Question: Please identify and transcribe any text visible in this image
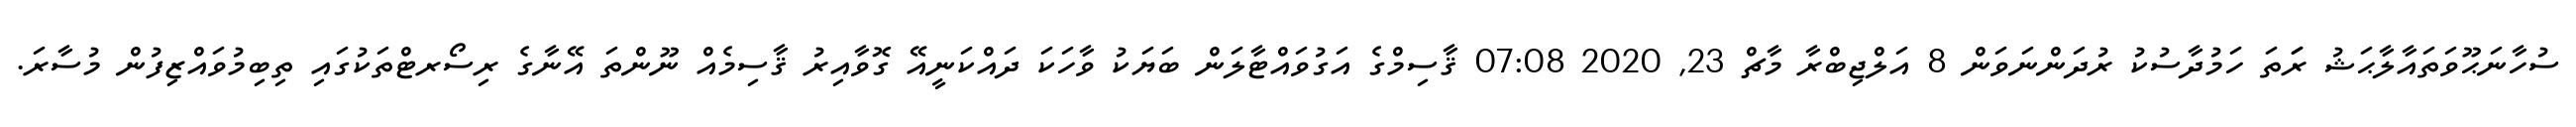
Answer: ސުހާނަޙޫވަތައާލާޙަޝު ރަަތަ ހަމުދާސުކު ރުދަންނަވަން 8 އަލްޖިބްރާ މާޗް 23, 2020 07:08 ޤާސިމްގެ އަގުވައްޓާލަން ބަޔަކު ވާހަކަ ދައްކަނީއޭ ގޮވާއިރު ޤާސިމެއް ނޫންތަ އޭނާގެ ރިސޯރޓްތަކުގައި ތިބިމުވައްޒިފުން މުސާރަ.